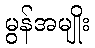
မွန်အမျိုး